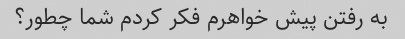
به رفتن پیش خواهرم فکر کردم شما چطور؟